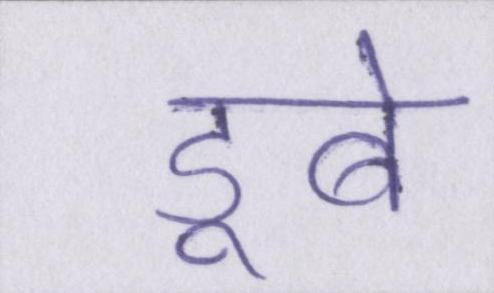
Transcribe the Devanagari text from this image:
डूबे